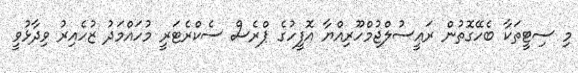
މި ސިޓީތަކާ ބެހޭގޮތުން ރައީސުލްޖުމްހޫރިއްޔާ އޮފީހުގެ ޕްރެސް ސެކްރެޓަރީ މުހައްމަދު ޒުހެއިރު ވިދާޅުވީ